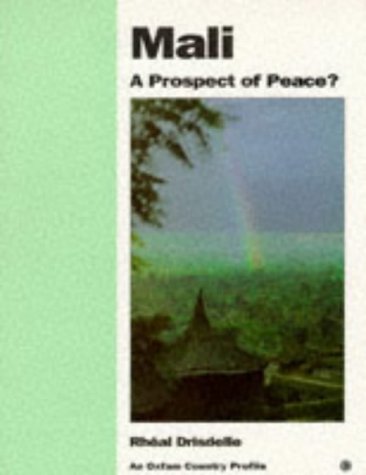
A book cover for Mali: A Prospect of Peace? (Oxfam Country Profiles Series); Rheal Drisdelle; Travel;